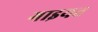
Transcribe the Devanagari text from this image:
गाइयत